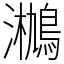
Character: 𤄄